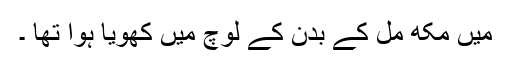
میں مکھ مل کے بدن کے لوچ میں کھویا ہوا تھا ۔